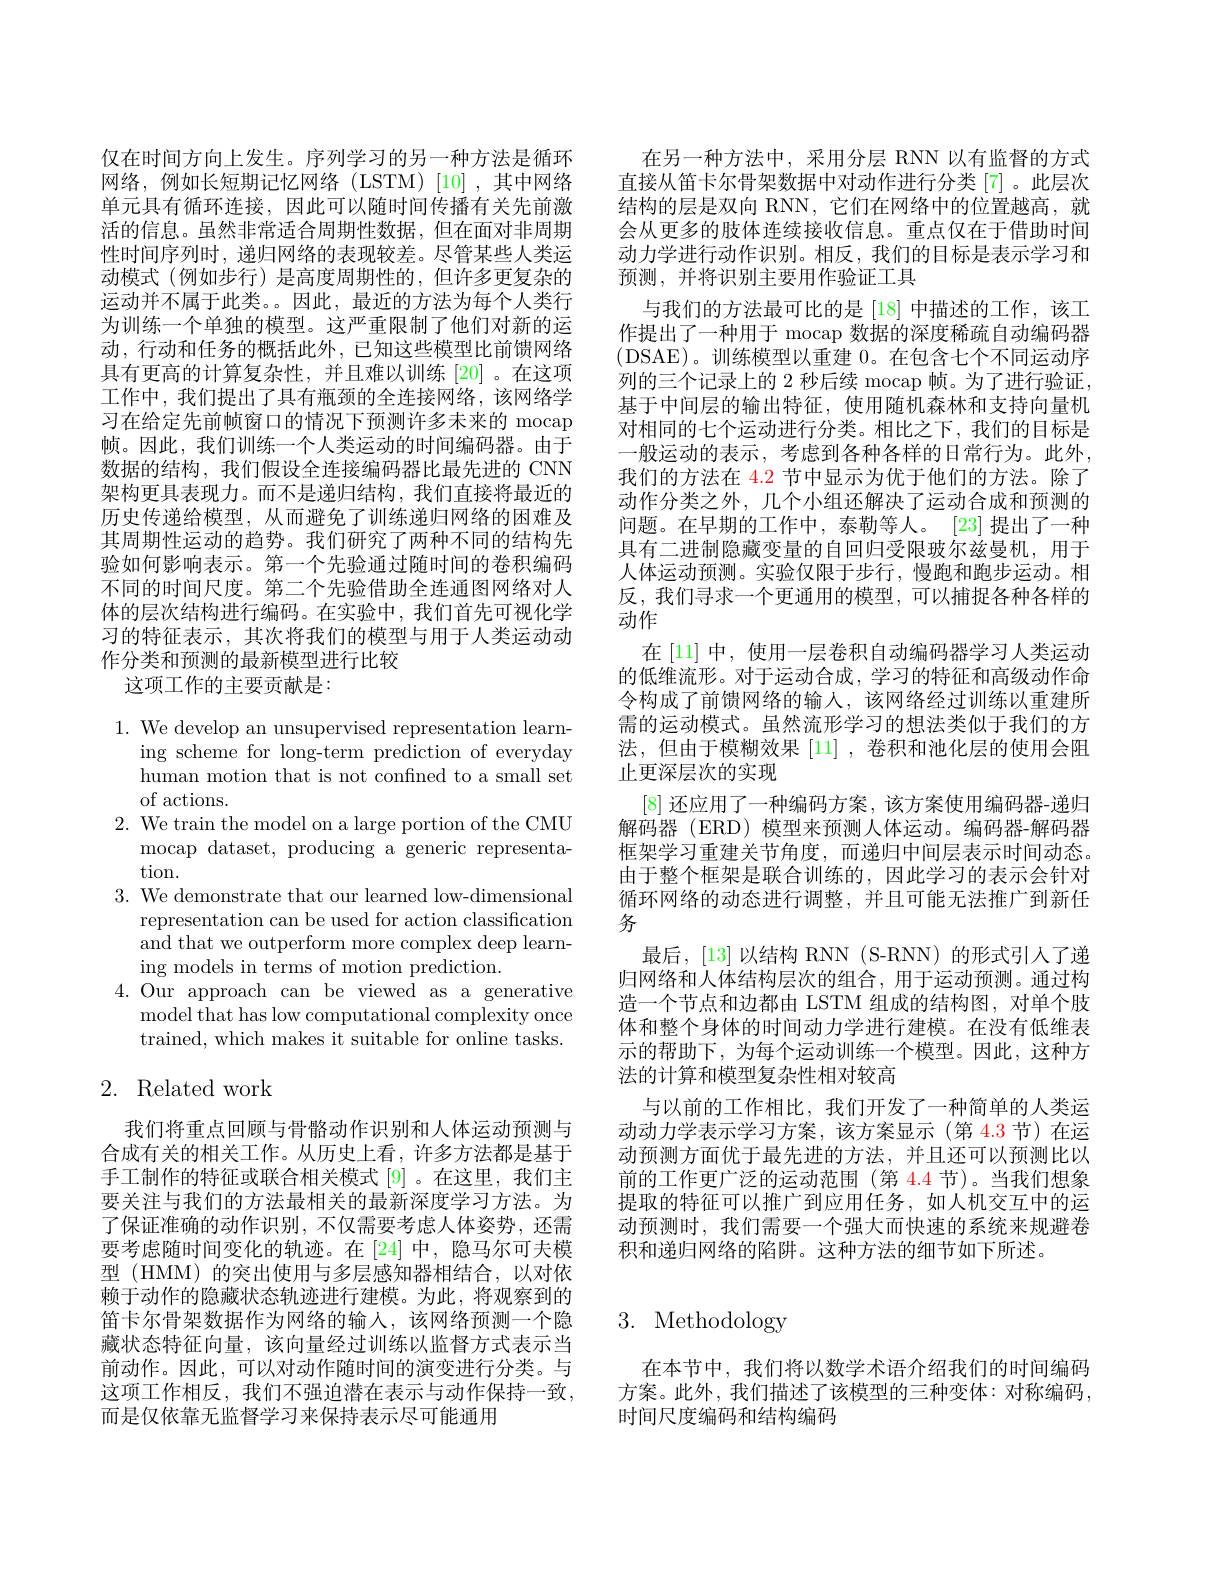
仅在时间方向上发生。序列学习的另一种方法是循环网络，例如长短期记忆网络(LSTM)[10],其中网络单元具有循环连接，因此可以随时间传播有关先前激活的信息。虽然非常适合周期性数据，但在面对非周期性时间序列时，递归网络的表现较差。尽管某些人类运动模式(例如步行)是高度周期性的，但许多更复杂的运动并不属于此类。。因此，最近的方法为每个人类行为训练一个单独的模型。这严重限制了他们对新的运动，行动和任务的概括此外，已知这些模型比前馈网络具有更高的计算复杂性，并且难以训练[20]。在这项工作中，我们提出了具有瓶颈的全连接网络，该网络学习在给定先前帧窗口的情况下预测许多未来的 mocap 帧。因此，我们训练一个人类运动的时间编码器。由于数据的结构，我们假设全连接编码器比最先进的 CNN 架构更具表现力。而不是递归结构，我们直接将最近的历史传递给模型，从而避免了训练递归网络的困难及其周期性运动的趋势。我们研究了两种不同的结构先验如何影响表示。第一个先验通过随时间的卷积编码不同的时间尺度。第二个先验借助全连通图网络对人体的层次结构进行编码。在实验中，我们首先可视化学习的特征表示，其次将我们的模型与用于人类运动动作分类和预测的最新模型进行比较
这项工作的主要贡献是：

1. We develop an unsupervised representation learn-
ing scheme for long-term prediction of everyday human motion that is not confned to a small set of actions.
2. We train the model on a large portion of the CMU
mocap dataset, producing a generic representa-
tion.
3. We demonstrate that our learned low-dimensional
representation can be used for action classification and that we outperform more complex deep learning models in terms of motion prediction.
4.Our approach can be viewed as a generative
model that has low computational complexity once trained, which makes it suitable for online tasks.

# 2. Related work

我们将重点回顾与骨骼动作识别和人体运动预测与合成有关的相关工作。从历史上看，许多方法都是基于手工制作的特征或联合相关模式[9] 。在这里，我们主要关注与我们的方法最相关的最新深度学习方法。为了保证准确的动作识别，不仅需要考虑人体姿势，还需要考虑随时间变化的轨迹。在[24]中，隐马尔可夫模型 (HMM) 的突出使用与多层感知器相结合，以对依赖于动作的隐藏状态轨迹进行建模。为此，将观察到的笛卡尔骨架数据作为网络的输人，该网络预测一个隐藏状态特征向量，该向量经过训练以监督方式表示当前动作。因此，可以对动作随时间的演变进行分类。与这项工作相反，我们不强迫潜在表示与动作保持一致， 而是仅依靠无监督学习来保持表示尽可能通用

在另一种方法中，采用分层 RNN 以有监督的方式直接从笛卡尔骨架数据中对动作进行分类[7]。此层次结构的层是双向 RNN, 它们在网络中的位置越高，就会从更多的肢体连续接收信息。重点仅在于借助时间动力学进行动作识别。相反，我们的目标是表示学习和预测，并将识别主要用作验证工具
与我们的方法最可比的是 [18] 中描述的工作，该工作提出了一种用于 mocap 数据的深度稀疏自动编码器(DSAE)。训练模型以重建0。在包含七个不同运动序列的三个记录上的 2 秒后续 mocap 帧。为了进行验证， 基于中间层的输出特征，使用随机森林和支持向量机对相同的七个运动进行分类。相比之下，我们的目标是一般运动的表示，考虑到各种各样的日常行为。此外， 我们的方法在 4.2 节中显示为优于他们的方法。除了动作分类之外，几个小组还解决了运动合成和预测的问题。在早期的工作中，泰勒等人。[23]提出了一种具有二进制隐藏变量的自回归受限玻尔兹曼机，用于人体运动预测。实验仅限于步行，慢跑和跑步运动。相反，我们寻求一个更通用的模型，可以捕捉各种各样的动作
在[11] 中，使用一层卷积自动编码器学习人类运动的低维流形。对于运动合成，学习的特征和高级动作命令构成了前馈网络的输入，该网络经过训练以重建所需的运动模式。虽然流形学习的想法类似于我们的方法，但由于模糊效果[11],卷积和池化层的使用会阻止更深层次的实现
[8]还应用了一种编码方案，该方案使用编码器-递归解码器 (ERD) 模型来预测人体运动。编码器-解码器框架学习重建关节角度，而递归中间层表示时间动态。由于整个框架是联合训练的，因此学习的表示会针对循环网络的动态进行调整，并且可能无法推广到新任务
最后，[13]以结构 RNN(S-RNN)的形式引入了递归网络和人体结构层次的组合，用于运动预测。通过构造一个节点和边都由 LSTM 组成的结构图，对单个肢体和整个身体的时间动力学进行建模。在没有低维表示的帮助下，为每个运动训练一个模型。因此，这种方法的计算和模型复杂性相对较高
与以前的工作相比，我们开发了一种简单的人类运动动力学表示学习方案，该方案显示(第 4.3节)在运动预测方面优于最先进的方法，并且还可以预测比以前的工作更广泛的运动范围(第 4.4 节)。当我们想象提取的特征可以推广到应用任务，如人机交互中的运动预测时，我们需要一个强大而快速的系统来规避卷积和递归网络的陷阱。这种方法的细节如下所述。

# 3. Methodology

在本节中，我们将以数学术语介绍我们的时间编码方案。此外，我们描述了该模型的三种变体：对称编码， 时间尺度编码和结构编码